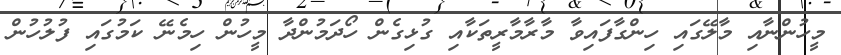
މީހުންނާއި މާލޭގައި ހިންގާފައިވާ މާރާމާރީތަކާއި ގުޅިގެން ހޯދަމުންދާ މީހުން ހިމެނޭ ކަމުގައި ފުލުހުން